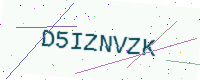
Text: D5IZNVZK